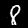
Label: 8